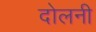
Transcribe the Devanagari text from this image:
दोलनी